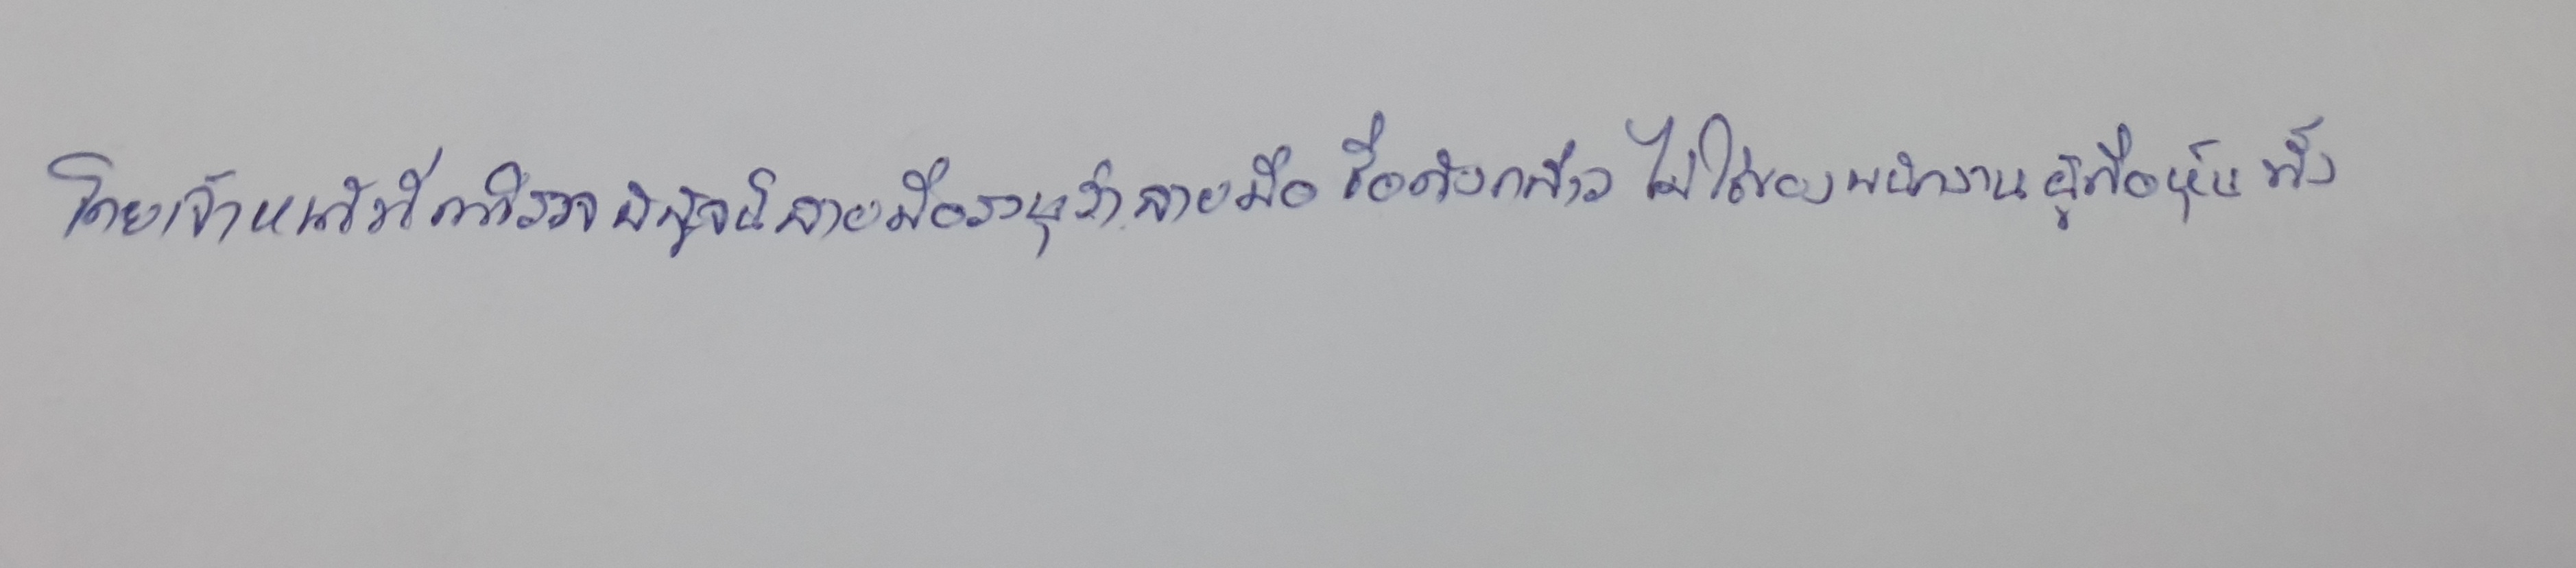
โดยเจ้าหน้าที่ตำรวจพิสูจน์ลายมือระบุว่าลายมือชื่อดังกล่าวไม่ใช่ของพนักงานผู้ถือหุ้นทั้ง